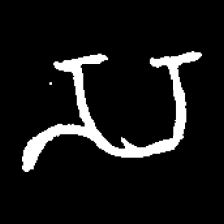
Pyu character \u2014 Myanmar letter: သ (romanized: sa)